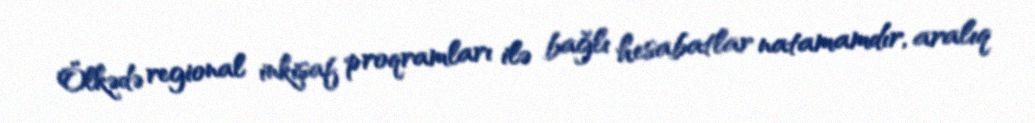
Ölkədə regional inkişaf proqramları ilə bağlı hesabatlar natamamdır, aralıq